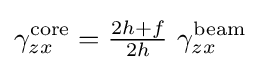
\gamma _{zx}^{\mathrm {core} }={\tfrac {2h+f}{2h}}~\gamma _{zx}^{\mathrm {beam} }